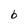
Character: b